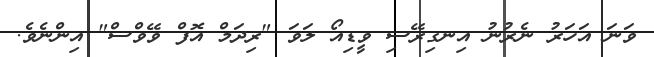
ވަނަ އަހަރު ނެރުނު އިނގިރޭސި ވީޑިއޯ ލަވަ "ރިދަމް އޮފް ވޭވްސް" އިންނެވެ.